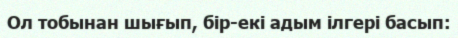
Ол тобынан шығып, бір-екі адым ілгері басып: